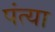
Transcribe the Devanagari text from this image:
पंत्या